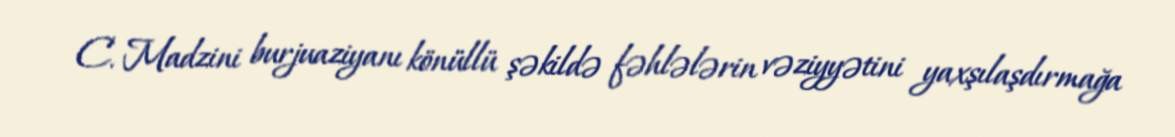
C. Madzini burjuaziyanı könüllü şəkildə fəhlələrin vəziyyətini yaxşılaşdırmağa